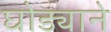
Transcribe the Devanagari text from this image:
घोड्याने